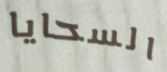
السحايا